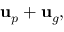
\begin{array} { r } { { \bf u } _ { p } + { \bf u } _ { g } , } \end{array}